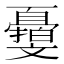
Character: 𣁨